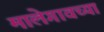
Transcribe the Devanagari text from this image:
मालेगावच्या